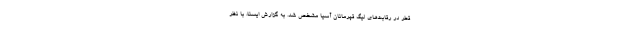
قطر در رقابت‌های لیگ قهرمانان آسیا مشخص شد. به گزارش ایسنا، با نظر